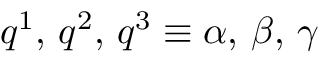
q ^ { 1 } , \, q ^ { 2 } , \, q ^ { 3 } \equiv \alpha , \, \beta , \, \gamma